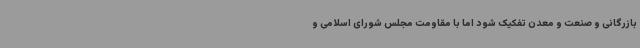
بازرگانی و صنعت و معدن تفکیک شود اما با مقاومت مجلس شورای اسلامی و